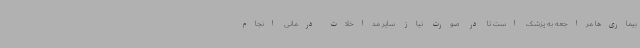
بیماری‌ها مراجعه به پزشک است تا در صورت نیاز سایر مداخلات درمانی انجام